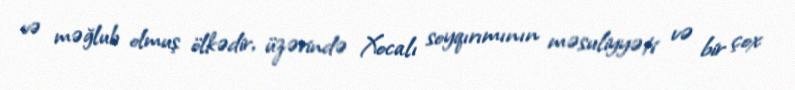
və məğlub olmuş ölkədir, üzərində Xocalı soyqırımının məsuliyyəti və bir çox